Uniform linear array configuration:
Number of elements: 64
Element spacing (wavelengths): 0.5
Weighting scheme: cosine
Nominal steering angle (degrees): -15
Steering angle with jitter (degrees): -14.704
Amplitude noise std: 0.05
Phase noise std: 0.05

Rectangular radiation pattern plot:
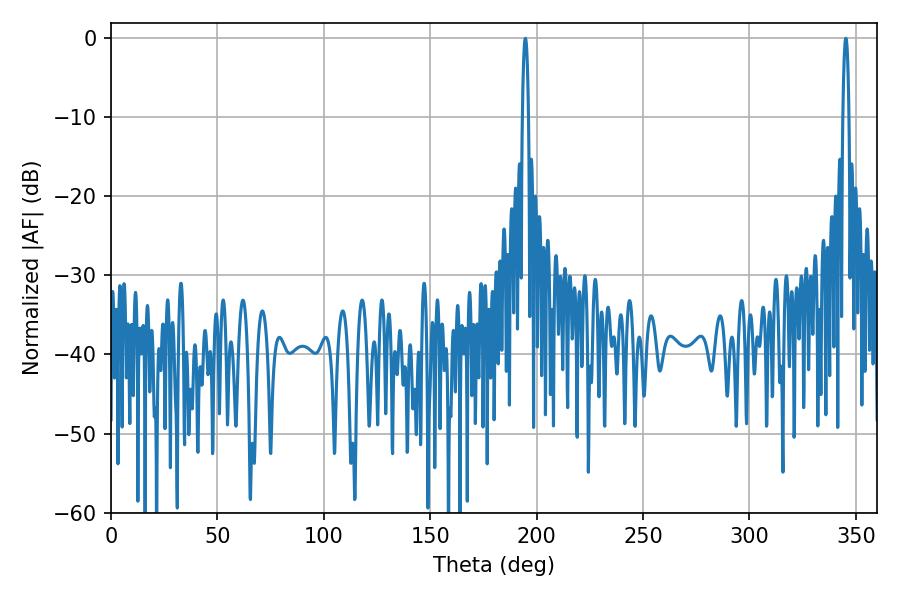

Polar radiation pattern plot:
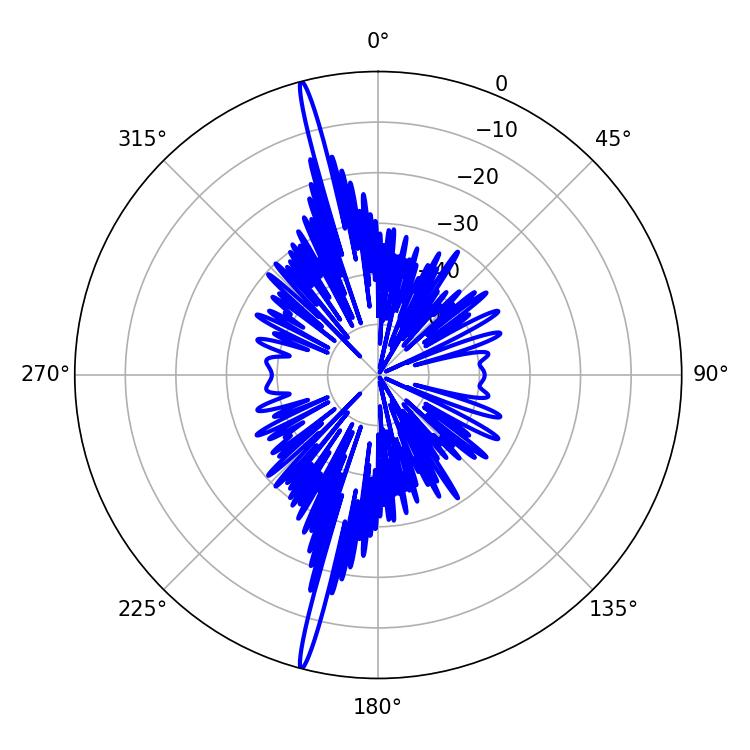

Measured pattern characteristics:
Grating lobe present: FALSE
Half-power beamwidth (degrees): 1.62
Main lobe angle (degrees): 194.76